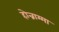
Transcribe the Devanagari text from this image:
होन्नाम्मा